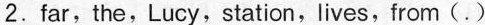
2.far,the,Lucy,station,lives,from(.)